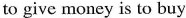
to give money is to buy